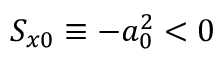
S _ { x 0 } \equiv - a _ { 0 } ^ { 2 } < 0